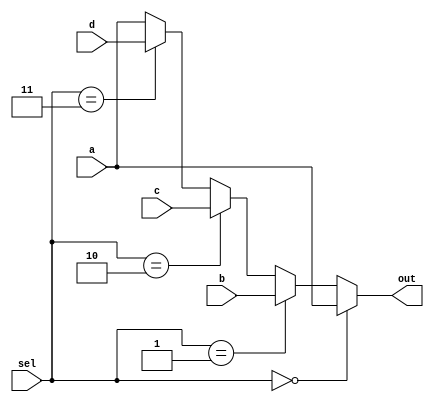
module Mux32Bit4to1oneSEL(a, b, c, d, out, sel);
    input [31:0] a, b, c, d;
    input [1:0] sel;
    output reg [31:0] out;
   
    always @(a, b, c, d, sel) begin
        if (sel == 2'b00) begin
            out <= a;
        end
        else if (sel == 2'b01) begin
            out <= b;
        end
        else if (sel == 2'b10) begin
            out <= c;
        end
        else if (sel == 2'b11) begin
            out <= d;
        end
        else begin
            out <= a;
        end
    end
endmodule